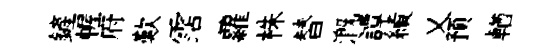
鏟幄府歎霑蘿株替溉譚績乂预輶